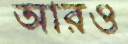
আরও